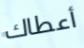
أعطاك